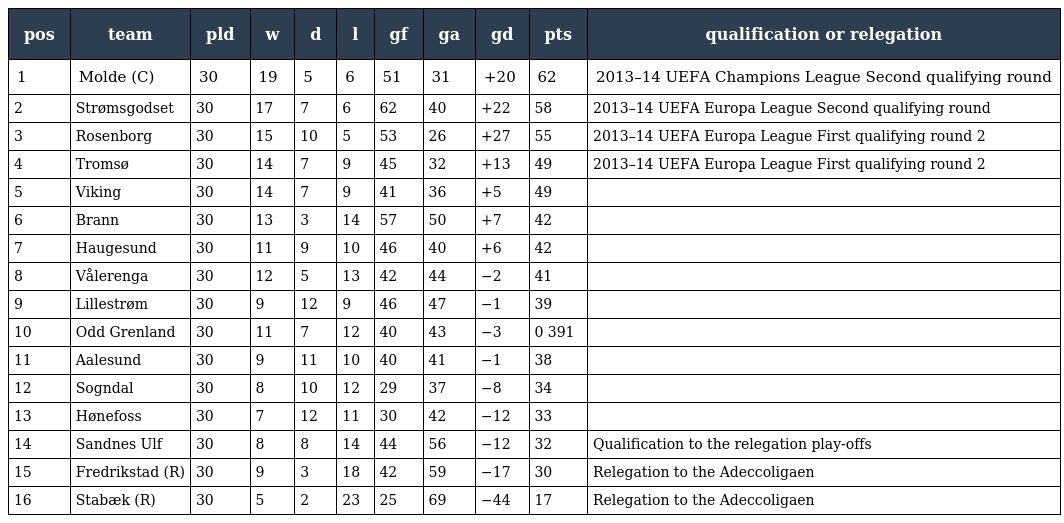
| pos | team | pld | w | d | l | gf | ga | gd | pts | qualification or relegation |
 | --- | --- | --- | --- | --- | --- | --- | --- | --- | --- | --- |
 | 1 | Molde (C) | 30 | 19 | 5 | 6 | 51 | 31 | +20 | 62 | 2013–14 UEFA Champions League Second qualifying round |
 | 2 | Strømsgodset | 30 | 17 | 7 | 6 | 62 | 40 | +22 | 58 | 2013–14 UEFA Europa League Second qualifying round |
 | 3 | Rosenborg | 30 | 15 | 10 | 5 | 53 | 26 | +27 | 55 | 2013–14 UEFA Europa League First qualifying round 2 |
 | 4 | Tromsø | 30 | 14 | 7 | 9 | 45 | 32 | +13 | 49 | 2013–14 UEFA Europa League First qualifying round 2 |
 | 5 | Viking | 30 | 14 | 7 | 9 | 41 | 36 | +5 | 49 |  |
 | 6 | Brann | 30 | 13 | 3 | 14 | 57 | 50 | +7 | 42 |  |
 | 7 | Haugesund | 30 | 11 | 9 | 10 | 46 | 40 | +6 | 42 |  |
 | 8 | Vålerenga | 30 | 12 | 5 | 13 | 42 | 44 | −2 | 41 |  |
 | 9 | Lillestrøm | 30 | 9 | 12 | 9 | 46 | 47 | −1 | 39 |  |
 | 10 | Odd Grenland | 30 | 11 | 7 | 12 | 40 | 43 | −3 | 0 391 |  |
 | 11 | Aalesund | 30 | 9 | 11 | 10 | 40 | 41 | −1 | 38 |  |
 | 12 | Sogndal | 30 | 8 | 10 | 12 | 29 | 37 | −8 | 34 |  |
 | 13 | Hønefoss | 30 | 7 | 12 | 11 | 30 | 42 | −12 | 33 |  |
 | 14 | Sandnes Ulf | 30 | 8 | 8 | 14 | 44 | 56 | −12 | 32 | Qualification to the relegation play-offs |
 | 15 | Fredrikstad (R) | 30 | 9 | 3 | 18 | 42 | 59 | −17 | 30 | Relegation to the Adeccoligaen |
 | 16 | Stabæk (R) | 30 | 5 | 2 | 23 | 25 | 69 | −44 | 17 | Relegation to the Adeccoligaen |